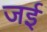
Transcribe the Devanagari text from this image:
जईं